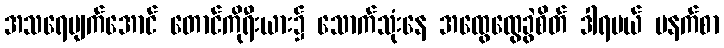
အသရေပျက်အောင် တောင်ကိုရီးယား၌ သောက်သုံးနေ အထွေထွေခွဲစိတ် ဒါရမယ် မနက်စာ